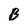
Character: B